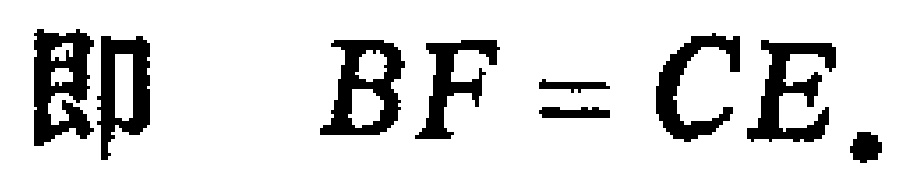
即 \(BF = CE.\)